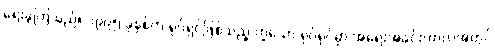
ရေးခဲ့ကြသည်။ ၁၉၉၅ ခုနှစ်က ရုပ်ရှင်ဖြစ်သည့် ဟူသော ရုပ်ရှင်မှာ အရေးအခင်းကာလအတွင်